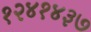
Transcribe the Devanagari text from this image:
१२४१४३७